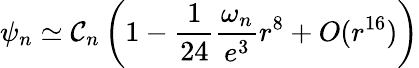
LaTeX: \psi_{n}\simeq\mathcal{C}_{n}\left(1-\frac{{1}}{{24}}\frac{{\omega_{n}}}{{e^{3}}}r^{8}+O(r^{16})\right)